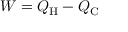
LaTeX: W = Q _ { \mathrm { H } } - Q _ { \mathrm { C } }